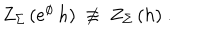
LaTeX: Z _ { \Sigma } \, ( e ^ { \phi } \, h ) \ \not \equiv \ Z _ { \Sigma } \, ( h ) \ .